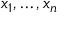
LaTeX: x _ { 1 } , \ldots , x _ { n }